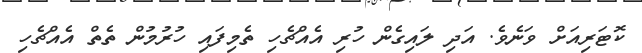
ކޮޓަރިއަށް ވަނެވެ. އަދި ލައިގެން ހުރި އެއްޗެހި ތެމިފައި ހުރުމުން ތެތް އެއްޗެހި